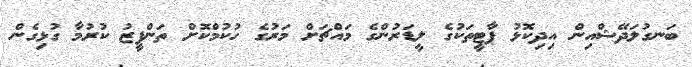
ބަނގުލަދޭޝްއިން އިދިކޮޅު ޕާޓީތަކުގެ ލީޑަރުންގެ މައްޗަށް މަރުގެ ހުކުމްކޮށް ތަންފީޒު ކުރުމާ ގުޅިގެން